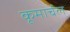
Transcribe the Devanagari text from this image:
कूमार्चल